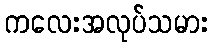
ကလေးအလုပ်သမား